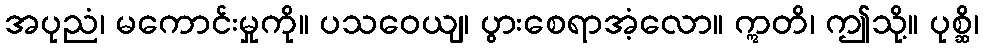
အပုညံ၊ မကောင်းမှုကို။ ပသဝေယျ၊ ပွားစေရာအံ့လော။ ဣတိ၊ ဤသို့။ ပုစ္ဆိ၊